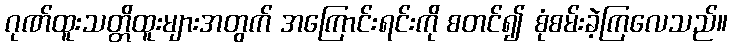
ဂုဏ်ထူးသတ္တိထူးများအတွက် အကြောင်းရင်းကို စတင်၍ စုံစမ်းခဲ့ကြလေသည်။